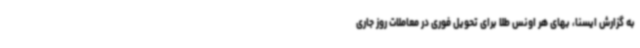
به گزارش ایسنا، بهای هر اونس طلا برای تحویل فوری در معاملات روز جاری